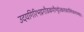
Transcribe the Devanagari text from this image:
उदयगिरिभद्रगौडकपौण्ड्रोत्कलकाषिमेकलाम्बष्ठाः।